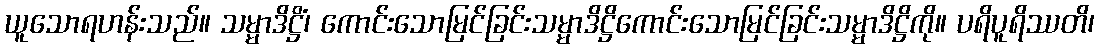
ယူသောရဟန်းသည်။ သမ္မာဒိဋ္ဌိံ၊ ကောင်းသောမြင်ခြင်းသမ္မာဒိဋ္ဌိကောင်းသောမြင်ခြင်းသမ္မာဒိဋ္ဌိကို။ ပရိပူရိဿတိ၊